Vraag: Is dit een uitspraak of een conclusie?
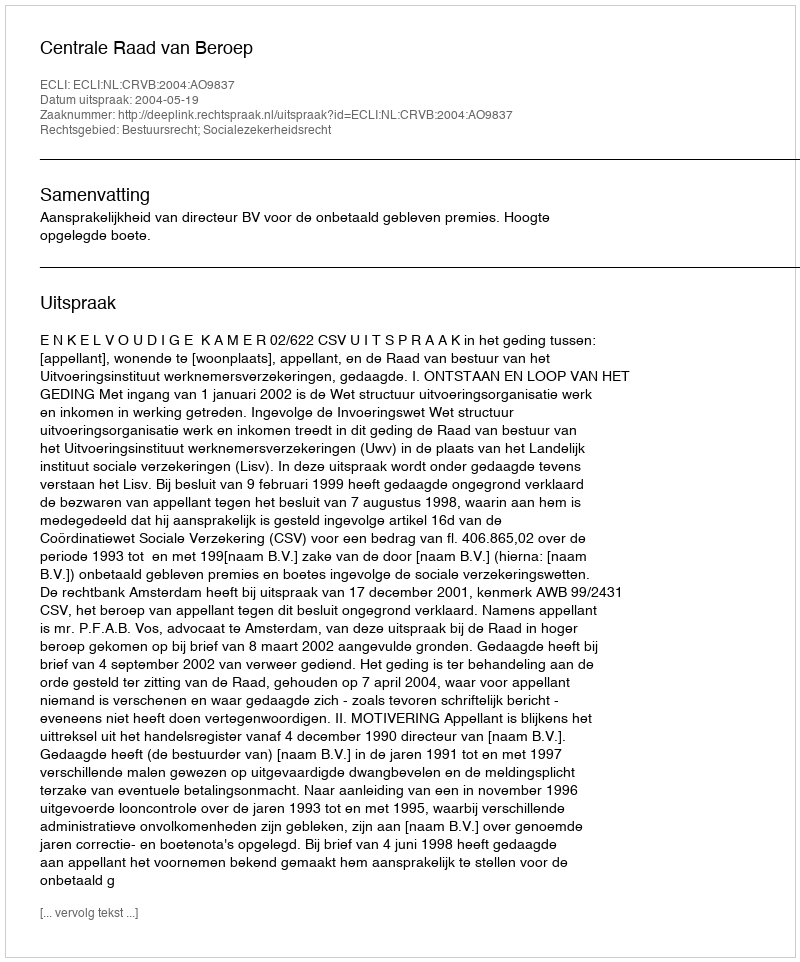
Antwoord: Uitspraak